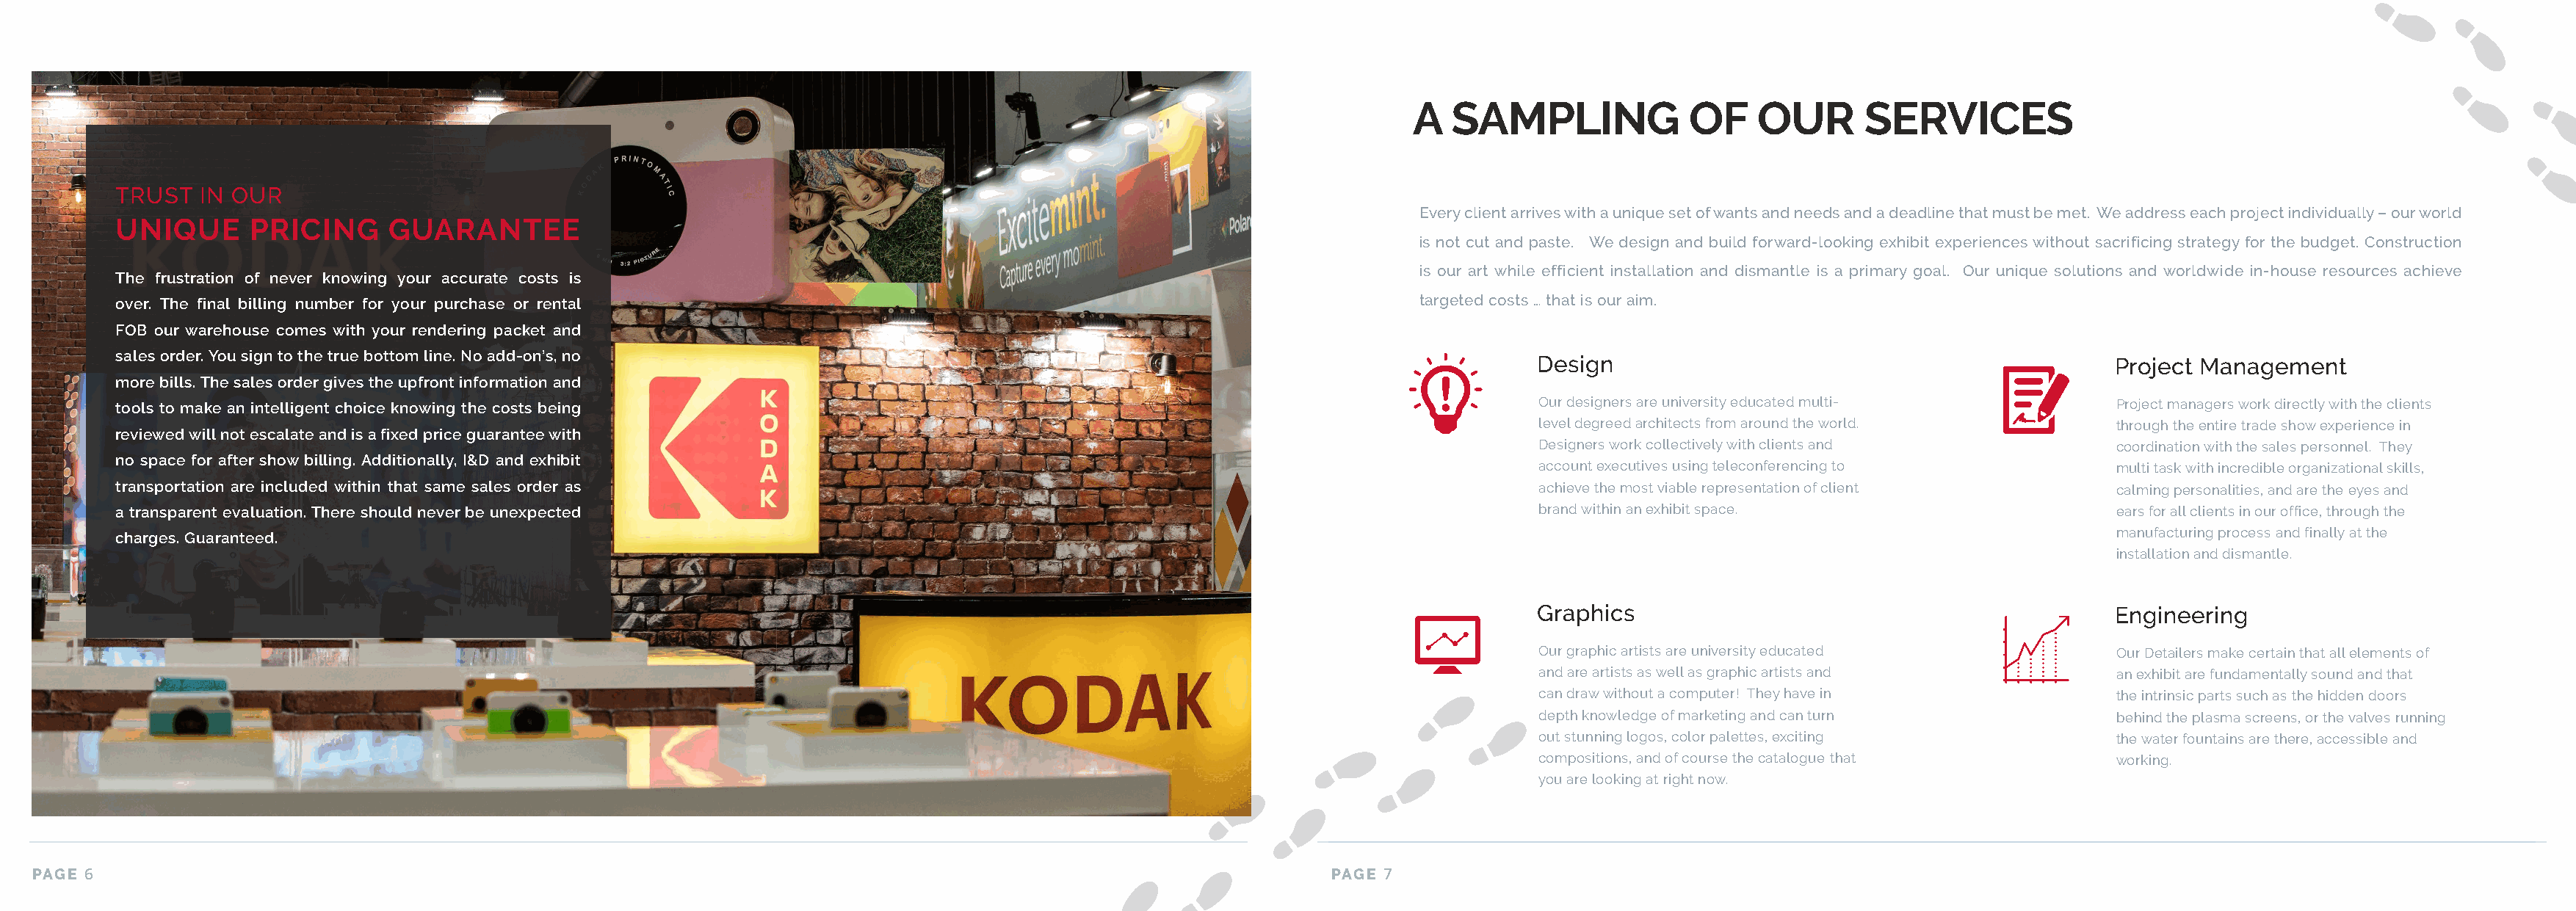
A   SAMPLING             OF    OUR       SERVICES
 TRUST   IN OUR
 Every client arrives with a unique set of wants and needs and a deadline that must be met. We address each project individually – our world
 UNIQUE      PRICING      GUARANTEE
 is not cut and paste. We design and build forward-looking exhibit experiences without sacrificing strategy for the budget. Construction
 is our art while efficient installation and dismantle is a primary goal. Our unique solutions and worldwide in-house resources achieve
 The frustration of never knowing your accurate costs is
 over. The final billing number for your purchase or rental                                                            targeted costs … that is our aim.
 FOB our warehouse comes with your rendering packet and
 sales order. You sign to the true bottom line. No add-on’s, no
 Design                                              Project Management
 more bills. The sales order gives the upfront information and
 tools to make an intelligent choice knowing the costs being                                                                      Our designers are university educated multi-        Project managers work directly with the clients
 level degreed architects from around the world.     through the entire trade show experience in
 reviewed will not escalate and is a fixed price guarantee with
 Designers work collectively with clients and        coordination with the sales personnel. They
 no space for after show billing. Additionally, I&D and exhibit
 account executives using teleconferencing to        multi task with incredible organizational skills,
 transportation are included within that same sales order as                                                                      achieve the most viable representation of client    calming personalities, and are the eyes and
 a transparent evaluation. There should never be unexpected                                                                       brand within an exhibit space.                      ears for all clients in our office, through the
 manufacturing process and finally at the
 charges. Guaranteed.
 installation and dismantle.
 Graphics                                            Engineering
 Our graphic artists are university educated         Our Detailers make certain that all elements of
 and are artists as well as graphic artists and      an exhibit are fundamentally sound and that
 can draw without a computer! They have in           the intrinsic parts such as the hidden doors
 depth knowledge of marketing and can turn           behind the plasma screens, or the valves running
 out stunning logos, color palettes, exciting        the water fountains are there, accessible and
 compositions, and of course the catalogue that      working.
 you are looking at right now.
 PAGE 6                                                                                                               PAGE 7